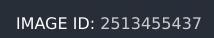
IMAGE ID: 2513455437